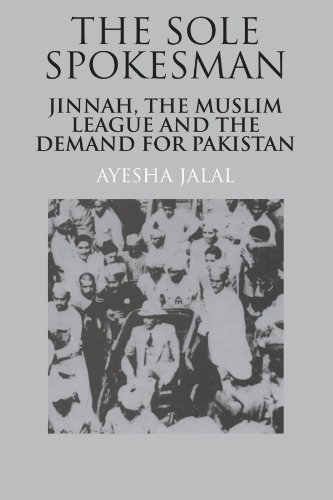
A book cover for The Sole Spokesman: Jinnah, the Muslim League and the Demand for Pakistan (Cambridge South Asian Studies); Ayesha Jalal; History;